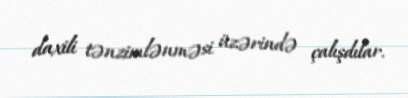
daxili tənzimlənməsi üzərində çalışdılar.